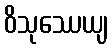
ဝိသုဿေယျ